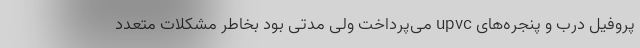
پروفیل درب و پنجره‌های upvc می‌پرداخت ولی مدتی بود بخاطر مشکلات متعدد